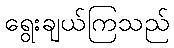
ရွေးချယ်ကြသည်